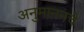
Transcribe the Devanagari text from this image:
अनुमाननचे